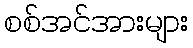
စစ်အင်အားများ